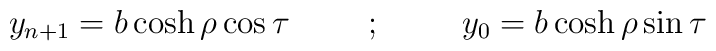
y_{n+1}= b \cosh \rho \cos \tau \hspace{1cm}; \hspace{1cm}y_0 = b \cosh \rho \sin \tau